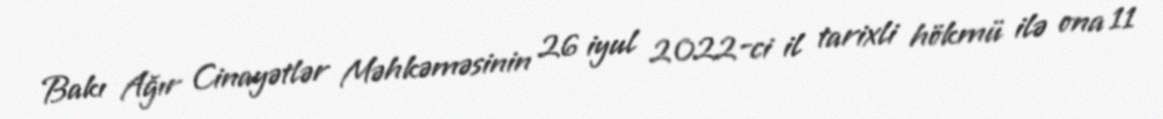
Bakı Ağır Cinayətlər Məhkəməsinin 26 iyul 2022-ci il tarixli hökmü ilə ona 11